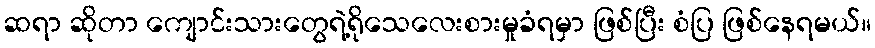
ဆရာ ဆိုတာ ကျောင်းသားတွေရဲ့ရိုသေလေးစားမှုခံရမှာ ဖြစ်ပြီး စံပြ ဖြစ်နေရမယ်။